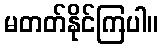
မတတ်နိုင်ကြပါ။